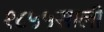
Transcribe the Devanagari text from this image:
१८५५साली